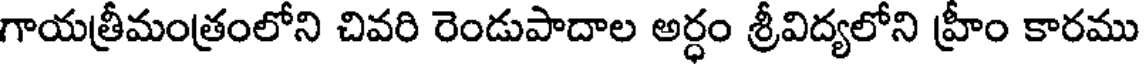
గాయత్రీమంత్రంలోని చివరి రెండుపాదాల అర్ధం శ్రీవిద్యలోని హ్రీం కారము